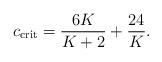
\begin{align*}c_{\rm crit}={6K\over K+2}+{24\over K}.\end{align*}